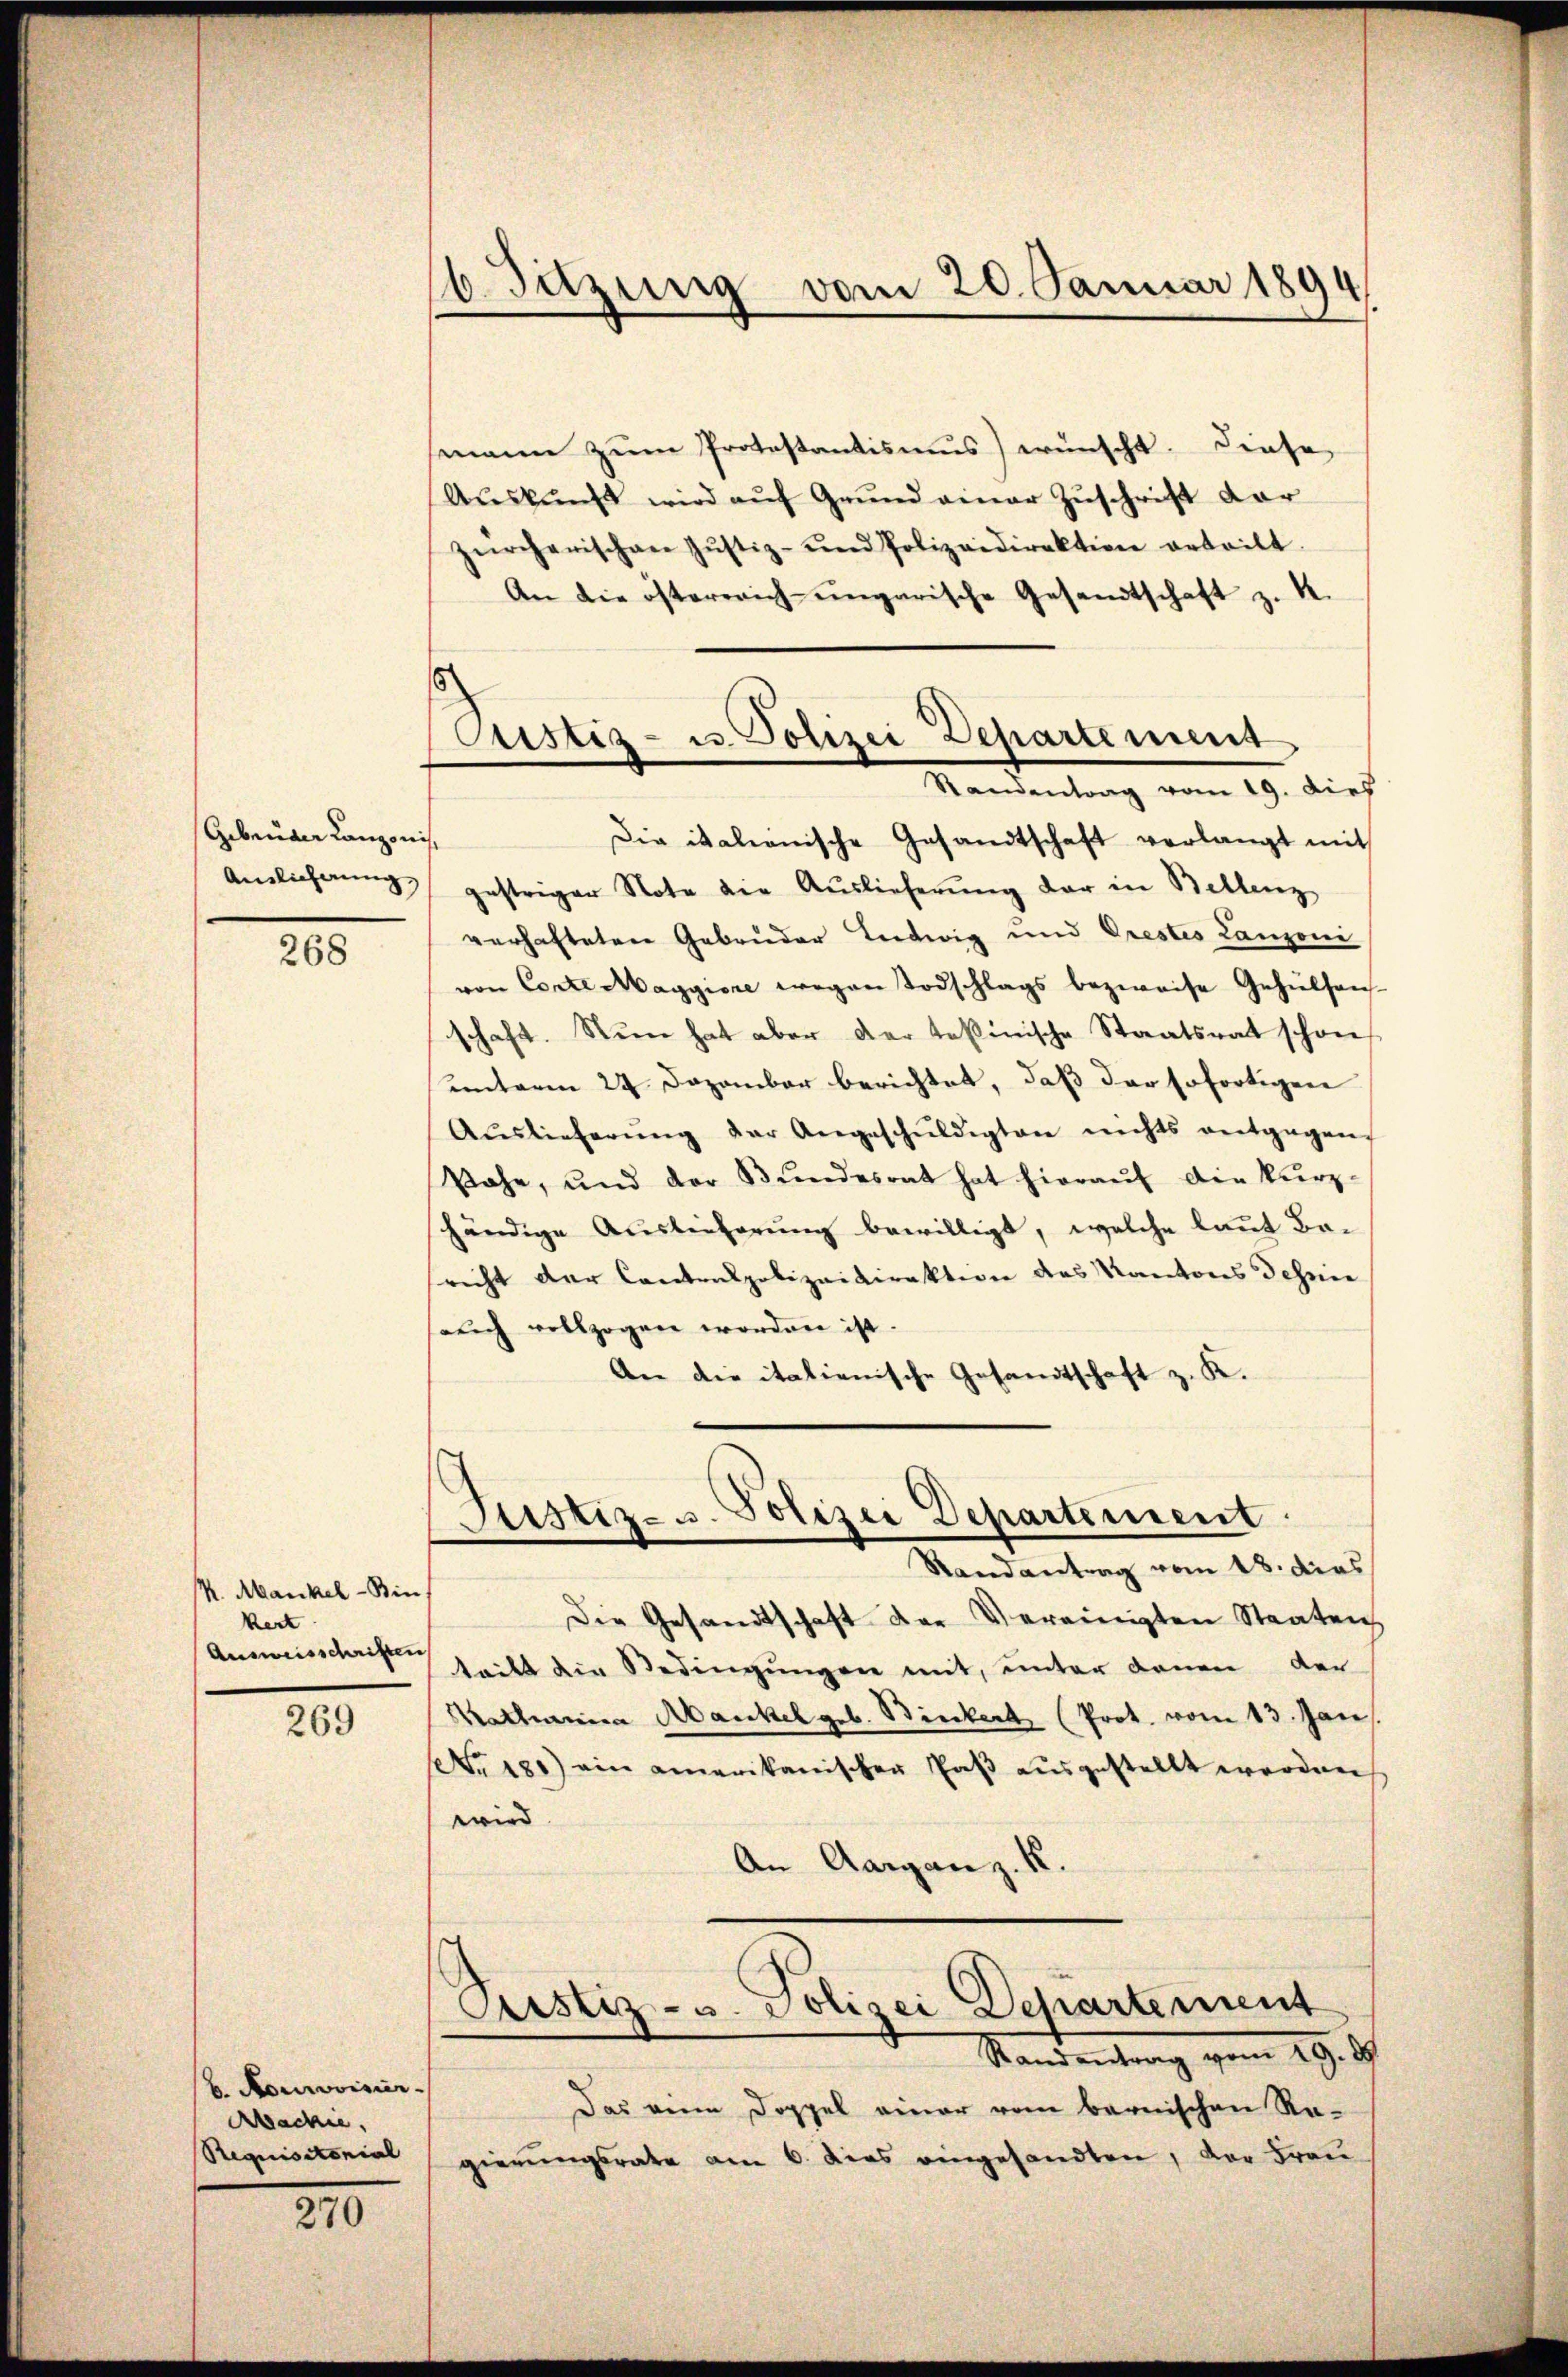
Gebrüder Kanzonis.

268

K. Mankel-Binkert
Ausweisschriften

269

6. Pourovisier
Abachie
Requisitonial

270

16. Sitzung vom 20. Januar 1894
1

Custiz- u. Polizei Departement
Randentrag vom 19. dies

mann zum Protestantismus) wünscht. Diese
Auskunft wird auf Grund einer Zuschrift dar
zürcherischen Jŭstiz- und Polizeidirektion erteilt.
An die österrich ungarische Gesandtschaft z. K.
Die italienische Gesandtschaft verlangt mit
Anslicherŭng gestriger Note die Auslieferŭng der in Bellenz
verhafteten Gebrüder Leitwig und Orestes Lanzoni
von Corte Maggiore wegen Todschlags bezweife Gehülfen-
schaft. Nun hat aber der tessinische Staatsrat schon
unterm 24 Dezember berichtet, daß der sofortigen
Aŭslieferŭng der Angeschŭldigten nichts entgegen-
Rahe, und der Bundesrat hat hieraŭf die kurz-
händige Auslieferung bewilligt, welche laut Besricht der Cantonspolizeidirektion des Kantons Schein
selich vollzogen worden ist.
An die italienische Gesandtschaft z. K.

Die Gesandtschaft der Vereinigten Staaten
teilt die Bedingungen mit, unter denen der
Katharina Mankel geb. Binkert (Prot. vom 13. Jan.
Nr. 181) ein amerikanischer Paß ausgestellt werden
wird.
An Aargau z. K.
Justiz- u. Polizei Departement
Randantrag vom 19. ds
Das eine Doppel einer vom bernischen Ragierungsrate am 6. dies eingesandten, der Frau

Justiz- u. Polizei Departement
Randantrag vom 18. dies